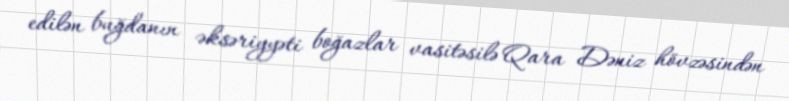
edilən buğdanın əksəriyyəti boğazlar vasitəsilə Qara Dəniz hövzəsindən